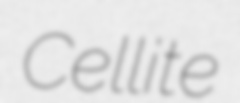
Cellite